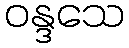
ဝန္ဒသေ